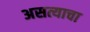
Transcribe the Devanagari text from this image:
असत्याचा